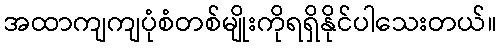
အထာကျကျပုံစံတစ်မျိုးကိုရရှိနိုင်ပါသေးတယ်။